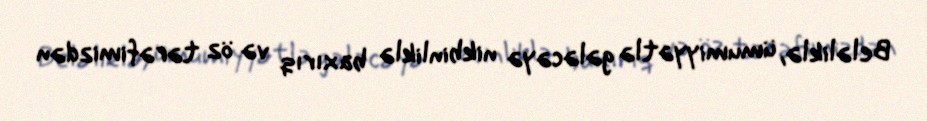
Beləliklə, ümumiyyətlə gələcəyə nikbinliklə baxırıq və öz tərəfimizdən